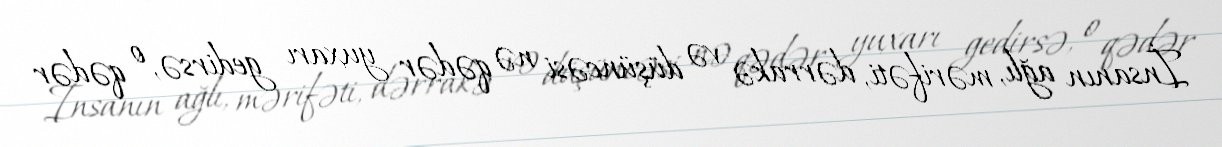
İnsanın ağlı, mərifəti, dərrakə və düşüncəsi nə qədər yuxarı gedirsə, o qədər